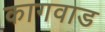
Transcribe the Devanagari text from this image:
कागवाड